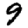
Digit: 9